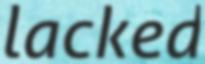
lacked